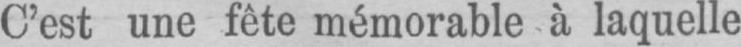
C’est une fête mémorable à laquelle